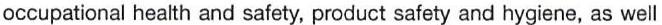
occupational health and safety, product safety and hygiene, as well